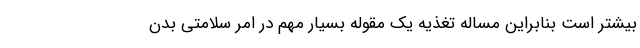
بیشتر است بنابراین مساله تغذیه یک مقوله بسیار مهم در امر سلامتی بدن